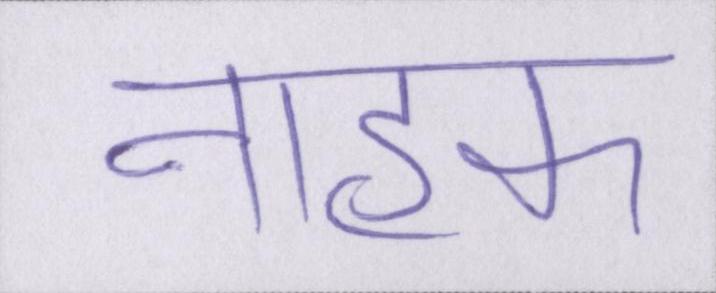
नाहक